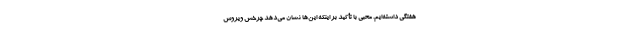
هفتگی داشته‌ایم. محبی با تأکید بر اینکه این‌ها نشان می‌دهد چرخش ویروس